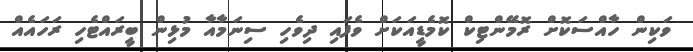
ވަކިން ހާއްސަކޮށް ރޮމޭންޓިކް ކޮމެޑީއަކަށް ވެފައި ދިވެހި ސިނަމާއާ މުޅިން ބީރައްޓެހި ރަހައެއް